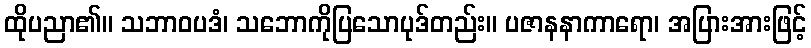
ထိုပညာ၏။ သဘာဝပဒံ၊ သဘောကိုပြသောပုဒ်တည်း။ ပဇာနနာကာရော၊ အပြားအားဖြင့်